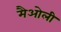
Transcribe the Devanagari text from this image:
मैओली